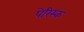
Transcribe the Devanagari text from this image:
पेरिस्क